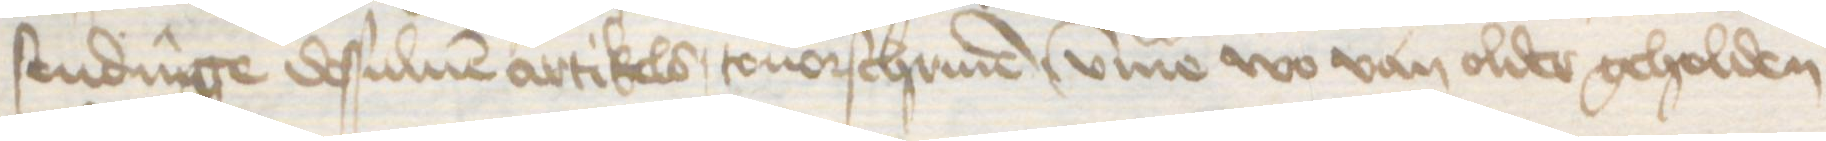
sendinge dessuluen artikels touorschriuen, umme wo van older geholden